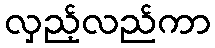
လှည့်လည်ကာ